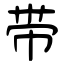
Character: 带